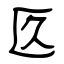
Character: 匛